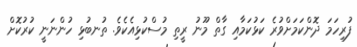
ފުރިހަމަ ދޮންކަމަށްވުރެ ކަޅުކަމާއި ގާތް މޫނު ރީތި މުސްކުޅިއެކެވެ. ތުނބުޅި ހުންނަނީ ކުރުކޮށް